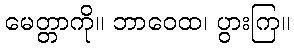
မေတ္တာကို။ ဘာဝေထ၊ ပွားကြ။